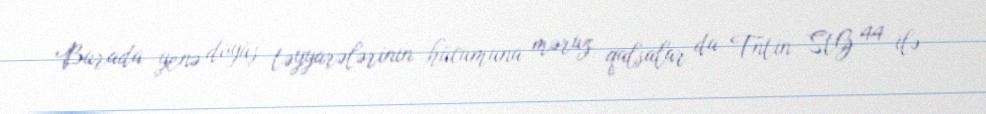
Burada yenə döyüş təyyarələrinin hücumuna məruz qalsalar da Tntin StG 44 ilə